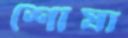
শোষা